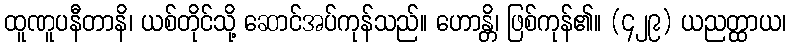
ထူဏူပနီတာနိ၊ ယစ်တိုင်သို့ ဆောင်အပ်ကုန်သည်။ ဟောန္တိ၊ ဖြစ်ကုန်၏။ (၄၂၉) ယညတ္ထာယ၊